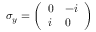
\sigma _ { y } = { \left( \begin{array} { l l } { 0 } & { - i } \\ { i } & { 0 } \end{array} \right) }